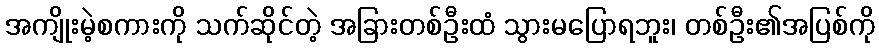
အကျိုးမဲ့စကားကို သက်ဆိုင်တဲ့ အခြားတစ်ဦးထံ သွားမပြောရဘူး၊ တစ်ဦး၏အပြစ်ကို